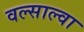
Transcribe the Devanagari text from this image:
वल्साल्वा